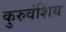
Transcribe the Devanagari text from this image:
कुरुवंशिय